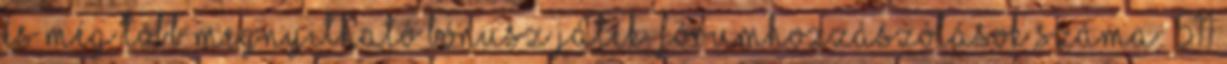
és még több megnyitható bónusz játék. Fórumhozzászólások száma: 511